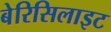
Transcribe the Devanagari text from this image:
बेरिसिलाइट